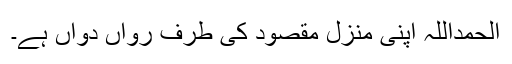
الحمداللہ اپنی منزل مقصود کی طرف رواں دواں ہے۔